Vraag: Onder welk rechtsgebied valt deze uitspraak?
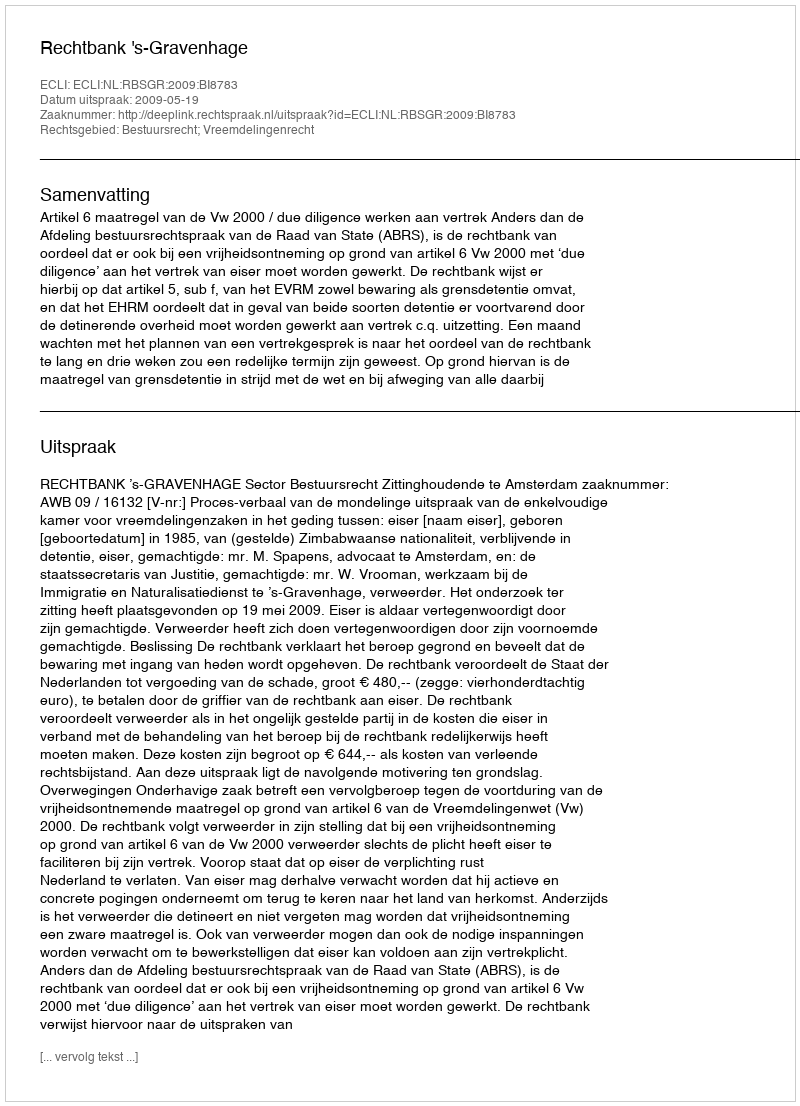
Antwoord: Bestuursrecht; Vreemdelingenrecht